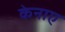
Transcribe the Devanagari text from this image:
केनाए